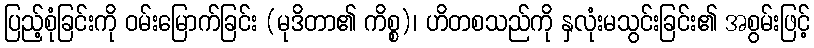
ပြည့်စုံခြင်းကို ဝမ်းမြောက်ခြင်း (မုဒိတာ၏ ကိစ္စ)၊ ဟိတစသည်ကို နှလုံးမသွင်းခြင်း၏ အစွမ်းဖြင့်